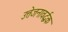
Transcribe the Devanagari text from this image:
उत्तेजनावर्द्धक